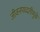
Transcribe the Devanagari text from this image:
जीवनपध्दतीमुळे